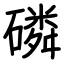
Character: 磷